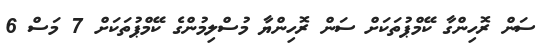
ސަން ރޮހިންގާ ކޭމްޕުތަކަށް ސަން ރޮހިންޔާ މުސްލިމުންގެ ކޭމްޕުތަކަށް 7 މަސް 6